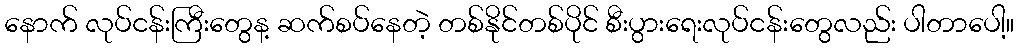
နောက် လုပ်ငန်းကြီးတွေန့ ဆက်စပ်နေတဲ့ တစ်နိုင်တစ်ပိုင် စီးပွားရေးလုပ်ငန်းတွေလည်း ပါတာပေါ့။